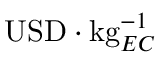
\mathrm { U S D } \cdot \mathrm { k g } _ { E C } ^ { - 1 }